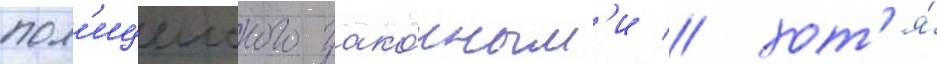
пол'ицеиского зако́нным'и / хот'я́